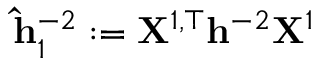
\mathbf { \widehat h } _ { 1 } ^ { - 2 } : = \mathbf { X } ^ { 1 , \top } \mathbf { h } ^ { - 2 } \mathbf { X } ^ { 1 }